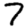
Digit: 7